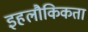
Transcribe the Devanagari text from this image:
इहलौकिकता